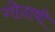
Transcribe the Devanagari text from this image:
गोदावी